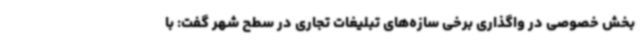
بخش خصوصی در واگذاری برخی سازه‌های تبلیغات تجاری در سطح شهر گفت: با